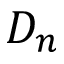
D _ { n }